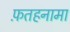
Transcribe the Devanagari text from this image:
फ़तहनामा